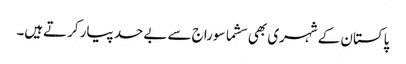
پاکستان کے شہری بھی سشما سوراج سے بےحد پیار کرتےہیں۔